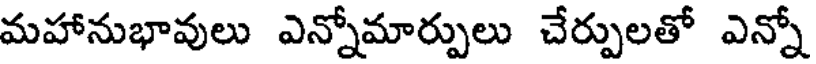
మహానుభావులు ఎన్నోమార్పులు చేర్పులతో ఎన్నో